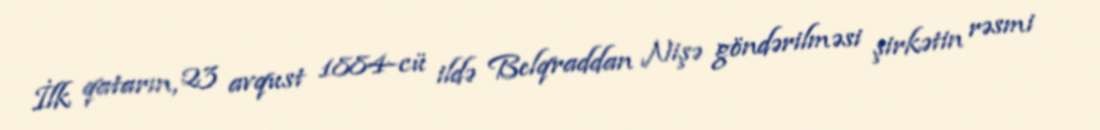
İlk qatarın, 23 avqust 1884-cü ildə Belqraddan Nişə göndərilməsi şirkətin rəsmi